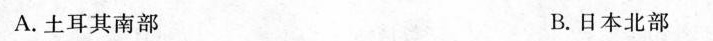
A.土耳其南部 B.日本北部